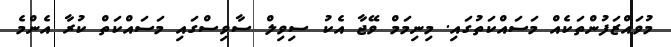
މުވައްޒަފުންތަކެއް މަސައްކަތުގައި. މިނިމަމް ވޭޖާ އެކު ސިވިލް ސާވިސްގައި މަސައްކަތް ކުރާ އެންމެ